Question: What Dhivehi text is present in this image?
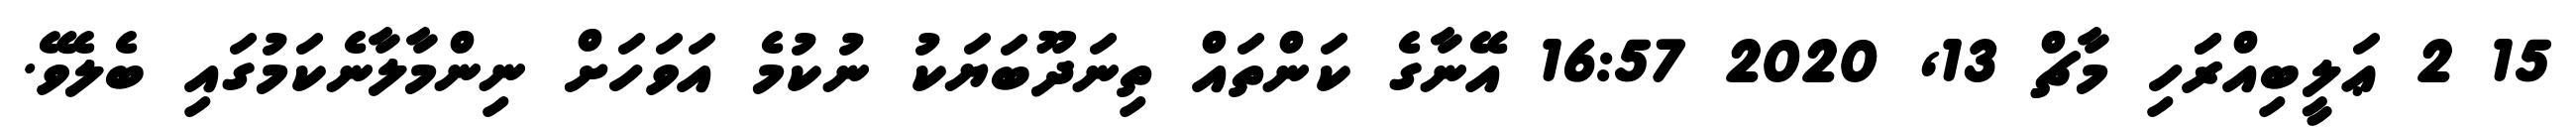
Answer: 15 2 ޢަލީބިއްރަަހި މާޗް 13, 2020 16:57 އޭނާގެ ކަންތައް ތިނަދޫބަޔަކު ނުކުމެ އަވަހަށް ނިންމާލާނެކަމުގައި ބެލެވޭ.